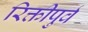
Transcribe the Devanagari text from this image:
रिक्तीपुर्व